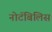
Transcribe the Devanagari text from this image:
नोटॅबिलिस